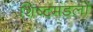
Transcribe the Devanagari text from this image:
शिष्‍टमंडलों